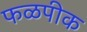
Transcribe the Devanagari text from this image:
फळपीक